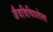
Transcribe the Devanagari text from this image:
जैवविविधतेला